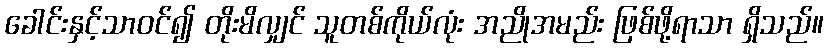
ခေါင်းနှင့်သာဝင်၍ တိုးမိလျှင် သူတစ်ကိုယ်လုံး အညိုအမည်း ဖြစ်ဖို့ရာသာ ရှိသည်။